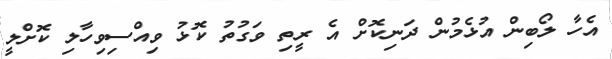
އެހާ ލޯބިން އުޅެމުން ދަނިކޮށް އެ ރީތި ވަގުތު ކޮޅު ވިއްސިވިހާލި ކޮށްލީ